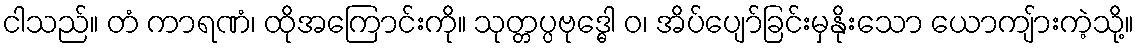
ငါသည်။ တံ ကာရဏံ၊ ထိုအကြောင်းကို။ သုတ္တပ္ပဗုဒ္ဓေါ ဝ၊ အိပ်ပျော်ခြင်းမှနိုးသော ယောကျ်ားကဲ့သို့။